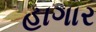
હાગાર